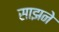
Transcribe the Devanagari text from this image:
साझने